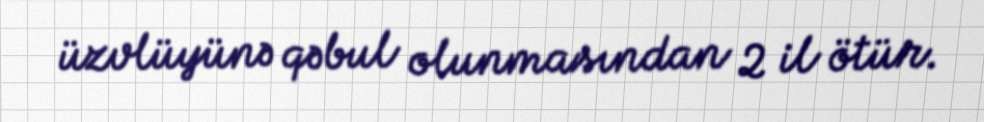
üzvlüyünə qəbul olunmasından 2 il ötür.